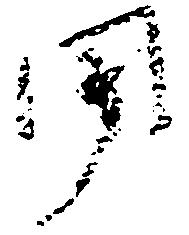
聞